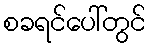
စခရင်ပေါ်တွင်